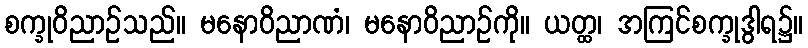
စက္ခုဝိညာဉ်သည်။ မနောဝိညာဏံ၊ မနောဝိညာဉ်ကို။ ယတ္ထ၊ အကြင်စက္ခုဒွါရ၌။